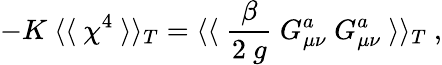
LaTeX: -K~\langle\langle~\chi^{4}~\rangle\rangle_{T}=\langle\langle~\frac{\beta}{2~g}~G_{\mu\nu}^{a}~G_{\mu\nu}^{a}~\rangle\rangle_{T}~,